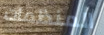
المنظمات